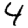
Digit: 4